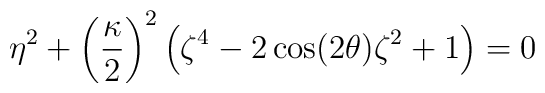
\eta^2 + \left( \frac{\kappa}{2}\right)^{2} \left( \zeta^4-2 \cos(2\theta)\zeta^2 + 1\right)=0